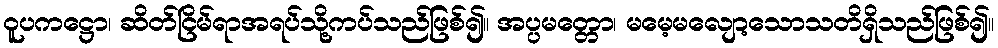
ဝူပကဋ္ဌော၊ ဆိတ်ငြိမ်ရာအရပ်သို့ကပ်သည်ဖြစ်၍။ အပ္ပမတ္တော၊ မမေ့မလျော့သောသတိရှိသည်ဖြစ်၍။